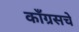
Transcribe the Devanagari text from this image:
काँग्रसचे